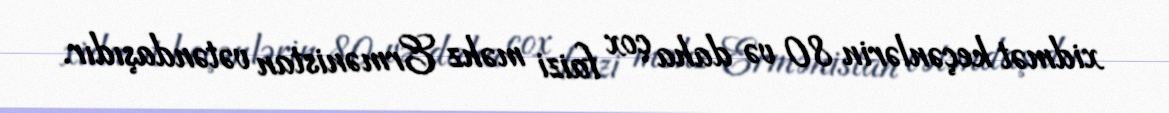
xidmət keçənlərin 80 və daha çox faizi məhz Ermənistan vətəndaşıdır.